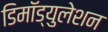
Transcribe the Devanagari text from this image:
डिमॉड्युलेशन